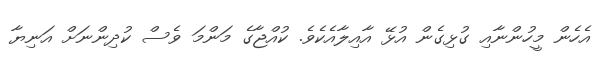
އެހެން މީހުންނާއި ގުޅިގެން އުޅޭ އާއިލާއެކެވެ. ކުއްޖާގެ މަންމަ ވެސް ކުދިންނަށް އަނިޔާ